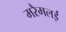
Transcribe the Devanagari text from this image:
मरैमलई